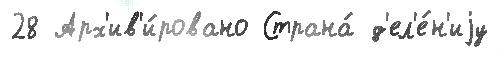
28 Арх'ив'и́ровано Страна́ д'ел'е́н'иjу